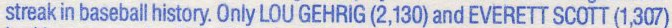
streak in baseball history, Only LOU GEHRIG (2,130) and EVERETT SCOTT (1,307)